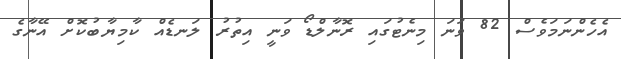
އެހެންނަމަވެސް 82 ވަނަ މިނެޓުގައި ރޮނާލްޑޯ ވަނީ އިތުރު ލަނޑެއް ކާމިޔާބުކޮށް އޭނާގެ